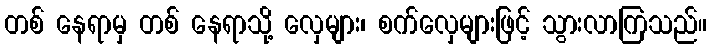
တစ် နေရာမှ တစ် နေရာသို့ လှေများ၊ စက်လှေများဖြင့် သွားလာကြသည်။